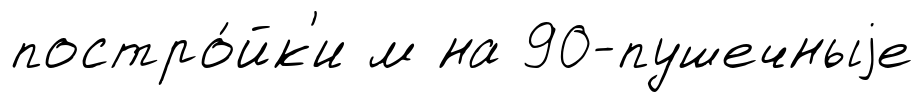
постро́йк'и м на 90-пушечныjе